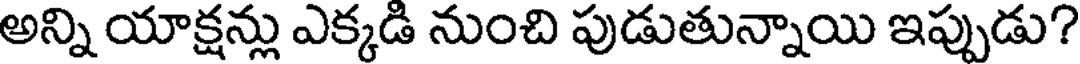
అన్ని యాక్షన్లు ఎక్కడి నుంచి పుడుతున్నాయి ఇప్పుడు?